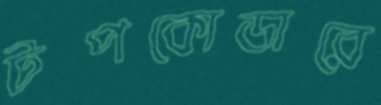
টপকোডারে